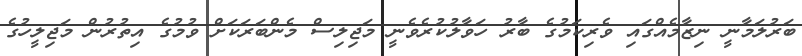
ބަރުލަމާނީ ނިޒާމެއްގައި ވެރިކަމުގެ ބާރު ހަވާލުކުރެވެނީ މަޖިލިސް މެންބަރަކަށް ވުމުގެ އިތުރުން މަޖިލީހުގެ